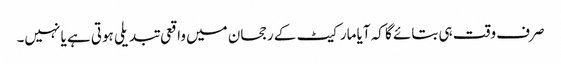
صرف وقت ہی بتائے گا کہ آیا مارکیٹ کے رجحان میں واقعی تبدیلی ہوتی ہے یا نہیں۔